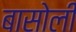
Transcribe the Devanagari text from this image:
बासोली